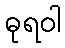
ဓုရဝါ